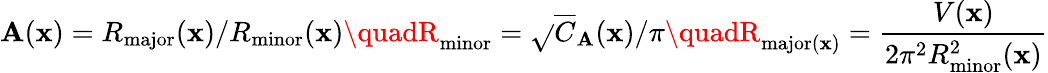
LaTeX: \mathbf{A}(\mathbf{{x}})=R_{\mathrm{{major}}}(\mathbf{{x}})/R_{\mathrm{{minor}}}(\mathbf{{x}})\quadR_{\mathrm{{minor}}}=\sqrt{}{{\overline{{{C}}}_{\mathbf{A}}(\mathbf{{x}})/\pi}}\quadR_{\mathrm{{major}}(\mathbf{{x}})}=\frac{{V(\mathbf{{x}})}}{{2\pi^{2}R_{\mathrm{{minor}}}^{2}(\mathbf{{x}})}}